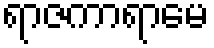
ရာဇကာရာမေ